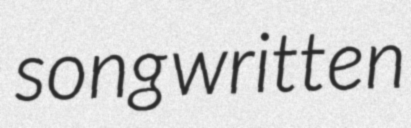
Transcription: song written